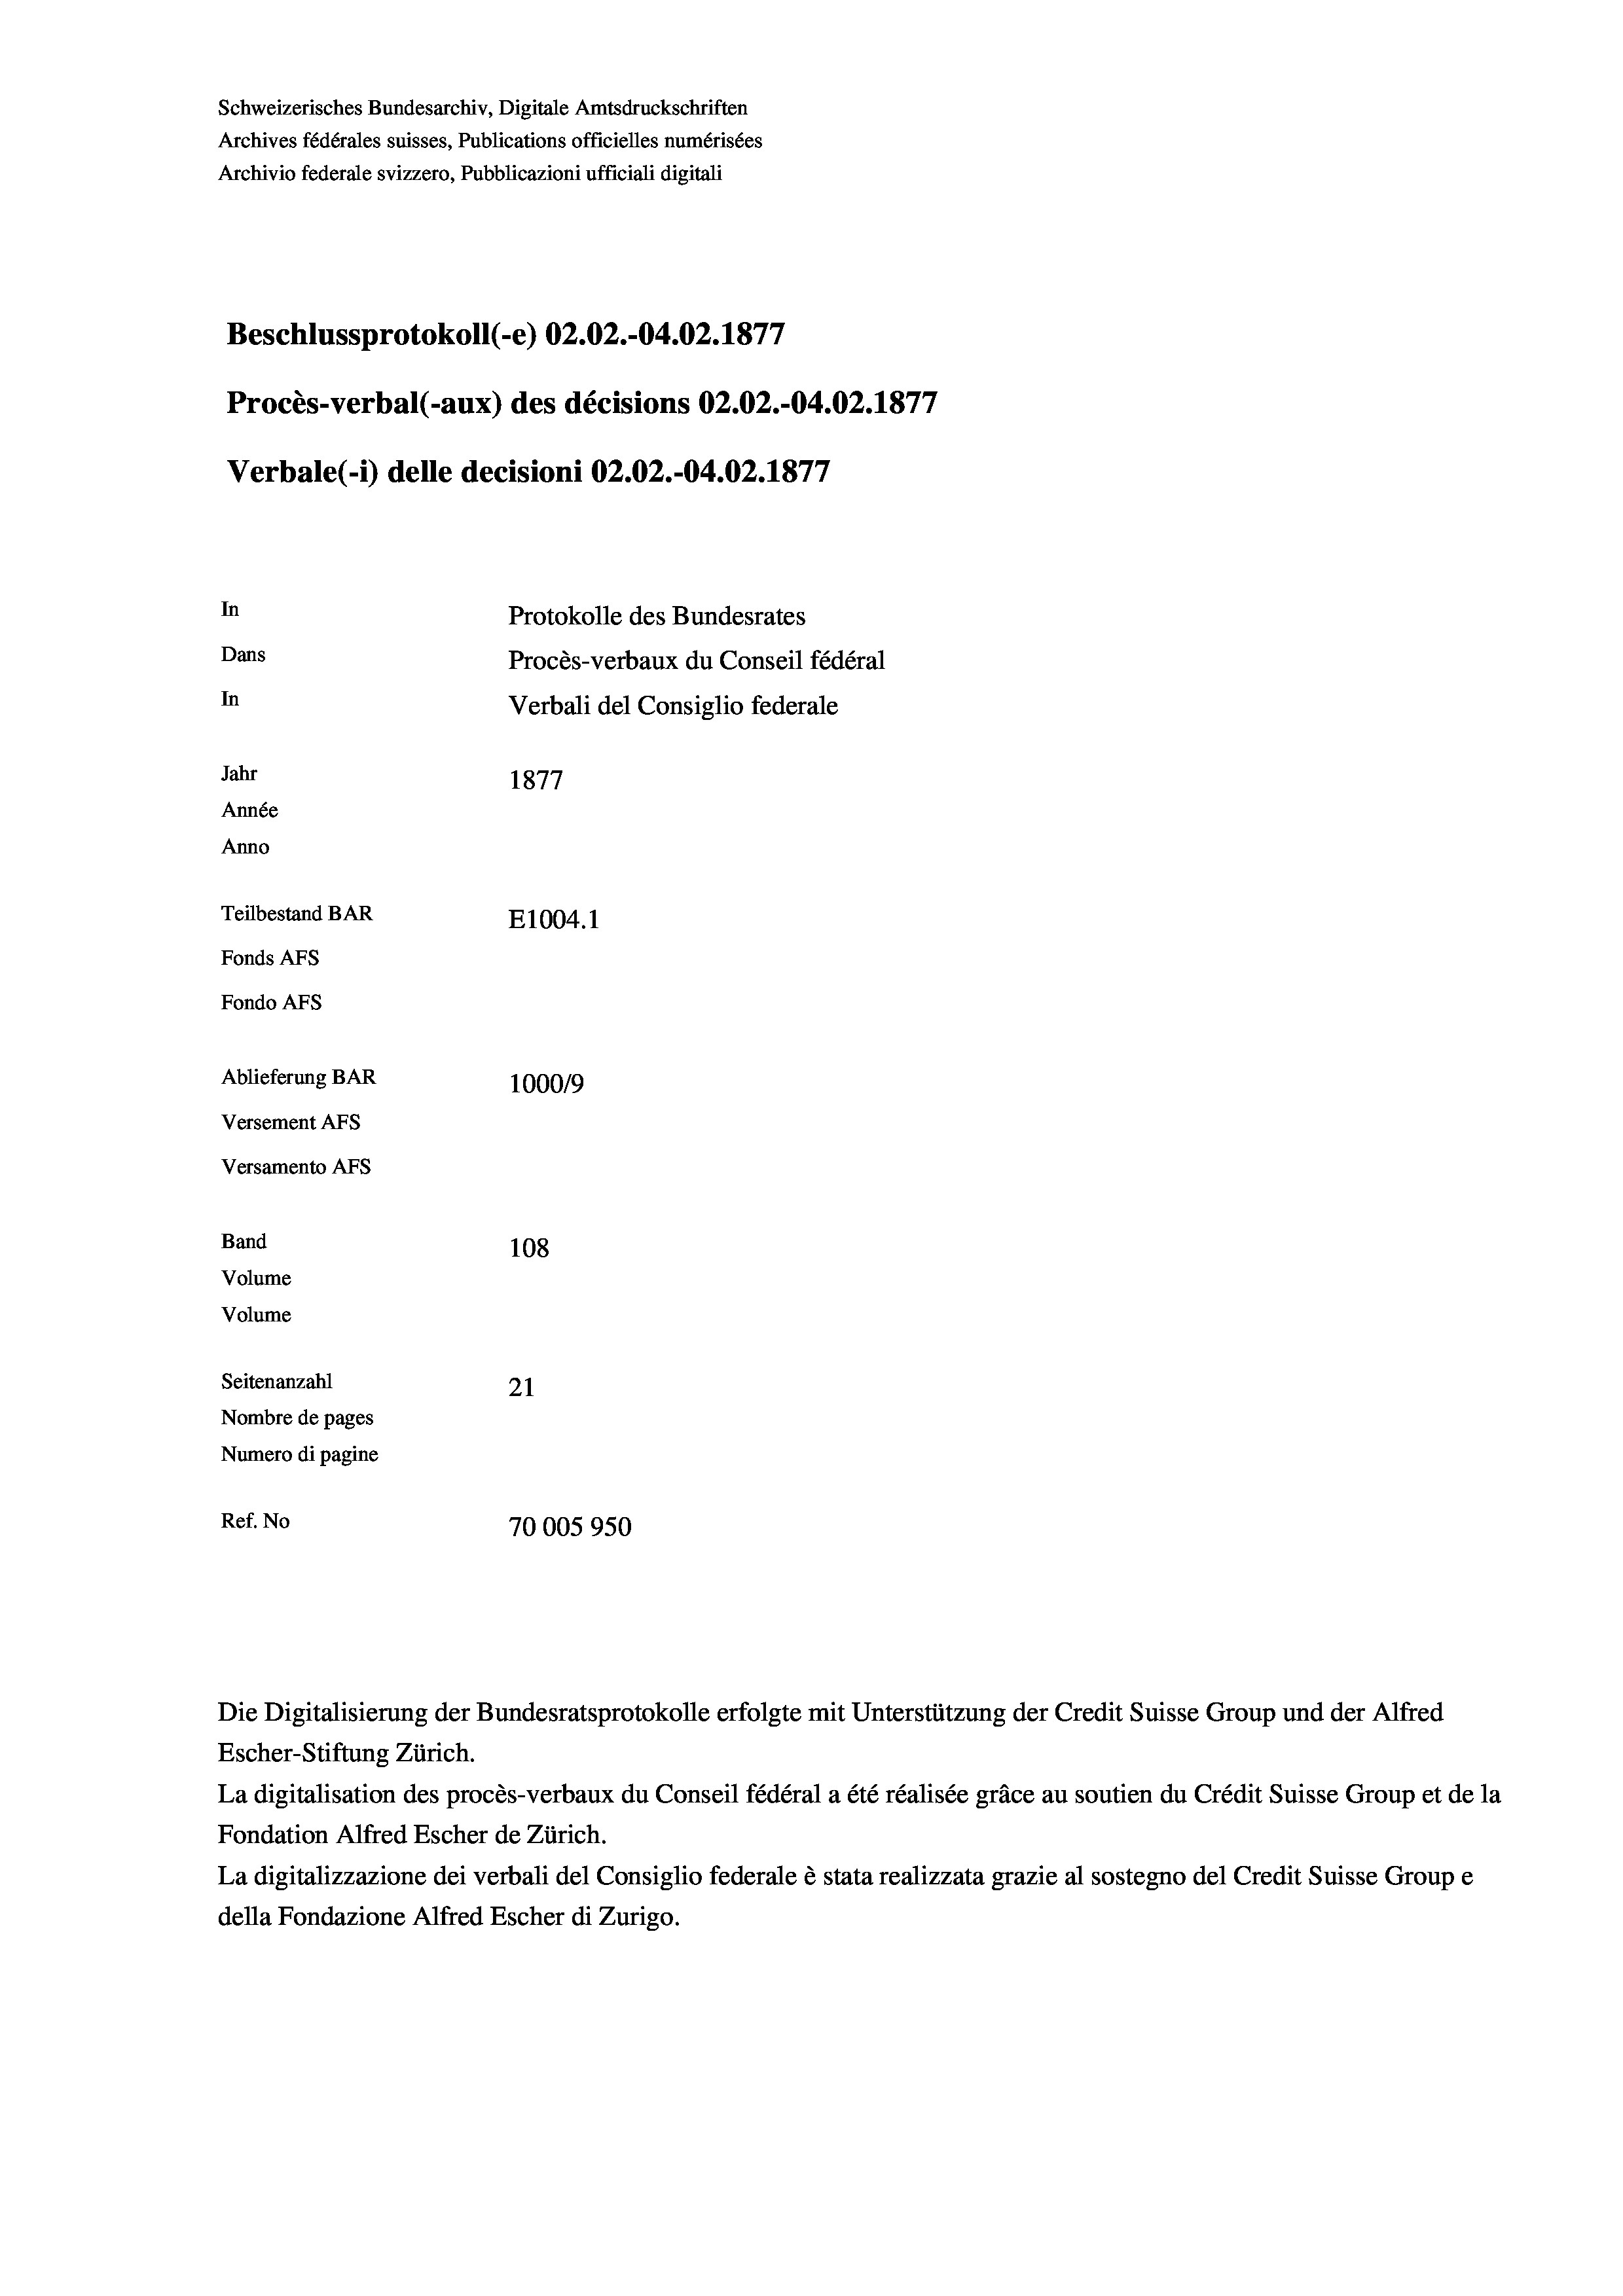
Schweizerisches Bundesarchiv, Digitale Amtsdruckschriften
Archives fédérales suisses, Publications officielles numérisées
Archivio federale svizzero, Pubblicazioni ufficiali digitali
Beschlussprotokoll (-e) 02.02.-04.02. 1877
Procès-verbal (-aux) des décisions 02.02.-04.02. 1877
Verbale (1) delle decisioni 02.02.-04.02. 1877
In
Protokolle des Bundesrates
Dans
Procès-verbaux du Conseil fédéral
In
Verbali del Consiglio federale
Jahr
1877
Année
Anno
Teilbestand BAR
E1004.1
Fonds AFs
Fondo AFs
Ablieferung BAR
100019
Versement AFs
Versamento Afs

108
Seitenanzahl
21
Nombre de pages
Numero di pagine
Ref. No
70005950

Band
Volume
Volume

La digitalisation des procès-verbaux du Conseil fédéral a été réalisée gräce au soutien du Crédit Suisse Group et de la
Fondation Alfred Escher de Zürich.
La digitalizzazione dei verbali del Consiglio federale è stata realizzata grazie al sostegno del Credit Suisse Groupe
della Fondazione Alfred Escher di Zurigo.

Die Digitalisierung der Bundesratsprotokolle erfolgte mit Unterstützung der Credit Suisse Group und der Alfred
Escher-Stiftung Zürich.